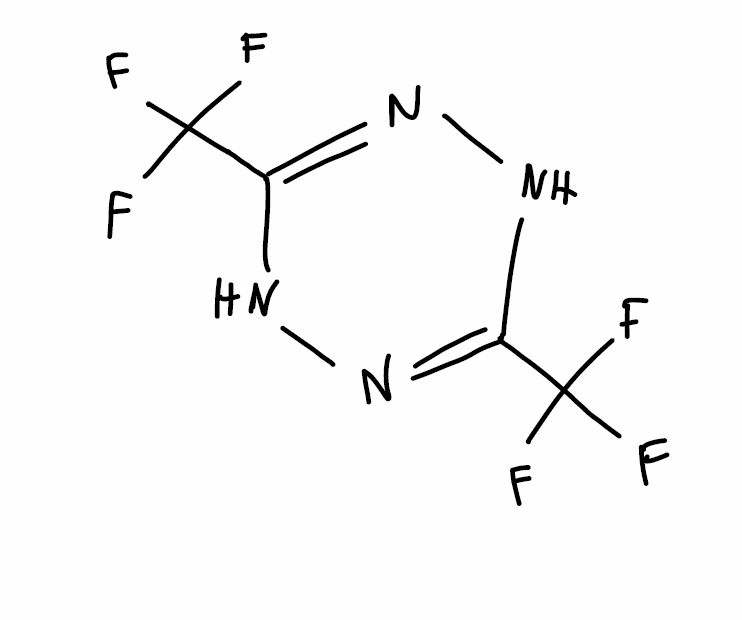
Simplified molecular-input line-entry system (SMILES) notation of the given molecule:
C1(=NNC(=NN1)C(F)(F)F)C(F)(F)F